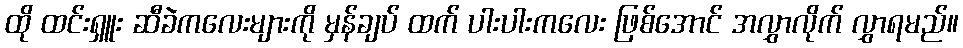
ထို ထင်းရှူး ဆီခဲကလေးများကို မှန်ချပ် ထက် ပါးပါးကလေး ဖြစ်အောင် အလွှာလိုက် လွှာရမည်။